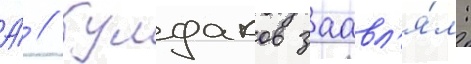
А́ // Булдаков заавл'я́л: